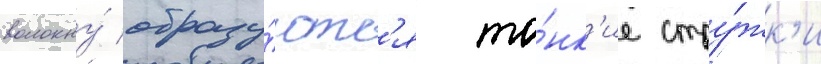
волокну́ образу́ютс'я то́нк'ие стру́жк'и